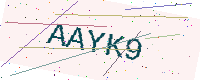
Text: AAYK9